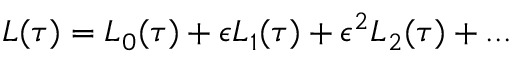
\begin{array} { r } { L ( \tau ) = L _ { 0 } ( \tau ) + \epsilon L _ { 1 } ( \tau ) + \epsilon ^ { 2 } L _ { 2 } ( \tau ) + . . . } \end{array}